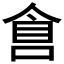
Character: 𠋑